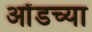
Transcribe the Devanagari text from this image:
ओंडच्या